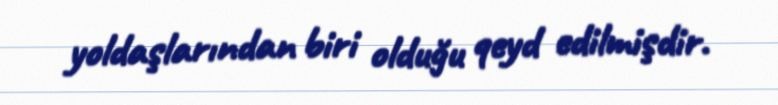
yoldaşlarından biri olduğu qeyd edilmişdir.